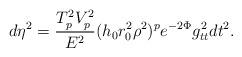
LaTeX: \begin{align*}d\eta^2={{T^2_pV^2_p}\over{E^2}}(h_0r^2_0\rho^2)^pe^{-2\Phi}g^2_{tt}dt^2.\end{align*}